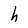
Character: h